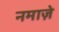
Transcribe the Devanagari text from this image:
नमाज़े